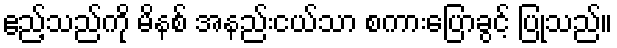
ဧည့်သည်ကို မိနစ် အနည်းငယ်သာ စကားပြောခွင့် ပြုသည်။